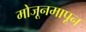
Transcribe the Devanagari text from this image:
मोजूनमापून